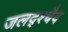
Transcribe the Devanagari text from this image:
जलद्श्चैव